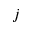
j